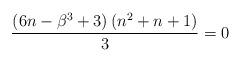
LaTeX: \begin{align*}\frac{\left(6n-\beta^{3}+3\right)\left(n^{2}+n+1\right)}{3}=0\end{align*}